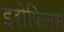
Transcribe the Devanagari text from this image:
इरोफिलस